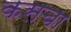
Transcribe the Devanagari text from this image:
कसचा